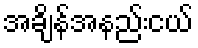
အချိန်အနည်းငယ်